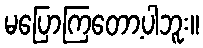
မပြောကြတော့ပါဘူး။